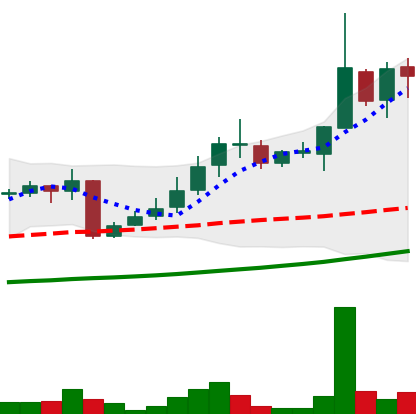
Ticker: LINK-USD
Chart end date: 2018-10-26
Forward return: 17.107%
Label: up_7plus